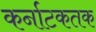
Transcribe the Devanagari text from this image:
कर्नाटकतक